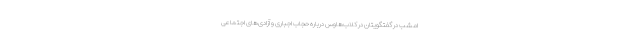
امشب در گفتگویتان در کلاب‌هاوس دربارهٔ حجاب اجباری و آزادی‌های اجتماعی